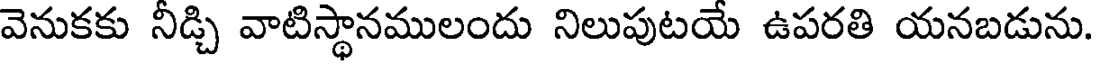
వెనుకకు నీడ్చి వాటిస్థానములందు నిలుపుటయే ఉపరతి యనబడును